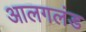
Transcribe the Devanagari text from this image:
आलगलंड